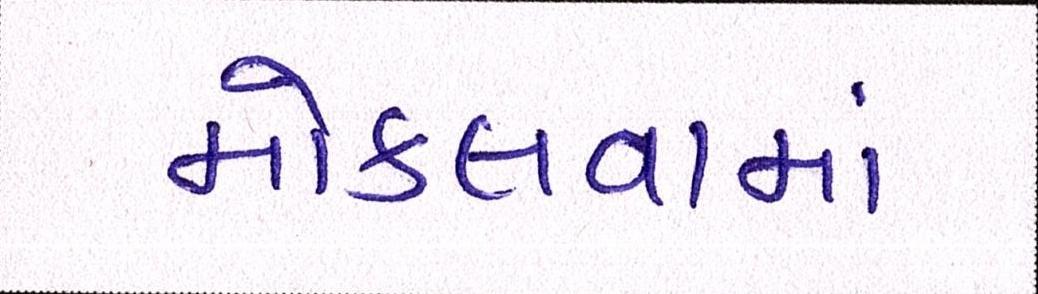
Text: મોકલવામાં